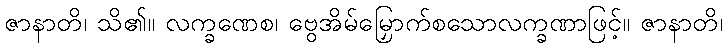
ဇာနာတိ၊ သိ၏။ လက္ခဏေစ၊ ဗွေအိမ်မြှောက်စသောလက္ခဏာဖြင့်။ ဇာနာတိ၊